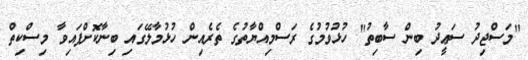
"މަސްޖިދު ސަޢީދު ބިން ސާބިތު" ހުޅުވުމުގެ ރަސްމިއްޔާތުގެ ތެރެއިން ހުޅުމާލޭގައި ބިނާކޮށްފައިވާ މިސްކިތް